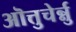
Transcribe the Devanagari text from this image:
ऒत्तुचेर्न्नु